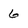
Character: 6